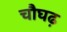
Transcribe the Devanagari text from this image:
चौघढ़